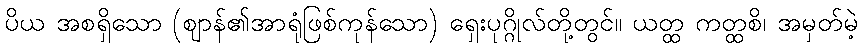
ပိယ အစရှိသော (ဈာန်၏အာရုံဖြစ်ကုန်သော) ရှေးပုဂ္ဂိုလ်တို့တွင်။ ယတ္ထ ကတ္ထစိ၊ အမှတ်မဲ့